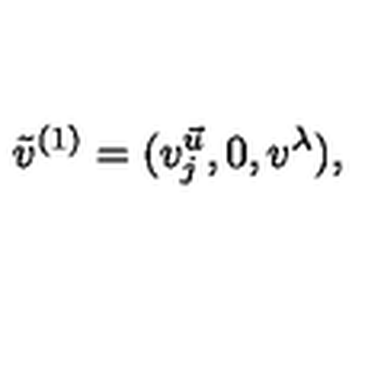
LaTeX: \tilde { v } ^ { ( 1 ) } = ( v _ { j } ^ { \vec { u } } , 0 , v ^ { \lambda } ) ,